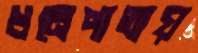
ধনেপাতায়